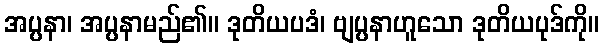
အပ္ပနာ၊ အပ္ပနာမည်၏။ ဒုတိယပဒံ၊ ဗျပ္ပနာဟူသော ဒုတိယပုဒ်ကို။